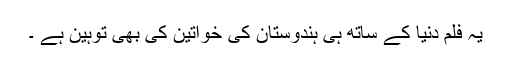
یہ فلم دنیا کے ساتھ ہی ہندوستان کی خواتین کی بھی توہین ہے ۔